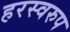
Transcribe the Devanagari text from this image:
हरस्वरुप